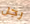
رجل